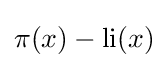
\pi (x)-\operatorname {li} (x)